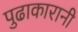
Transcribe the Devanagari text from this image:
पुढाकारानी